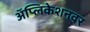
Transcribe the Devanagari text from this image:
अॅप्लिकेशनवर